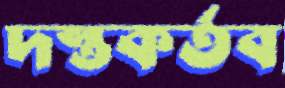
দস্তকর্তব